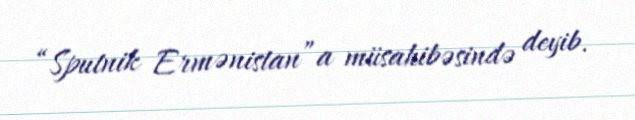
“Sputnik Ermənistan”a müsahibəsində deyib.